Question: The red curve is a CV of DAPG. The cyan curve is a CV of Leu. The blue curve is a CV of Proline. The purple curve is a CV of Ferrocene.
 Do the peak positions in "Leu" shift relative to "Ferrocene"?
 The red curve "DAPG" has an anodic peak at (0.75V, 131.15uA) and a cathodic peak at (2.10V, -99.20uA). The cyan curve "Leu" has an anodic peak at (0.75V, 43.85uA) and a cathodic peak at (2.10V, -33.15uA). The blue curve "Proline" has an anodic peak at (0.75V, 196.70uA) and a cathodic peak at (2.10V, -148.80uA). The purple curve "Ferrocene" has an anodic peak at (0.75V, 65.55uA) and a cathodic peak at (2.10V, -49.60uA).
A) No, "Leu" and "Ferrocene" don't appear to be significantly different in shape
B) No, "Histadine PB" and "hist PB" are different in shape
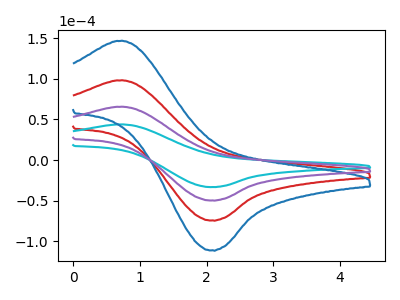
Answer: <think>All the peaks in "Leu" have a peak in "Ferrocene" at the same potential. Every peak in "Leu" is lower than every peak in "Ferrocene".
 </think>
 <answer>A) No, "Leu" and "Ferrocene" don't appear to be significantly different in shape</answer>
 <eval>A</eval>